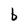
Character: b